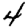
Digit: 4